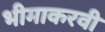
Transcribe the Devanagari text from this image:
भीमाकरवी